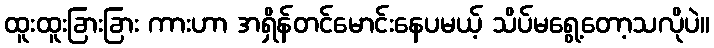
ထူးထူးခြားခြား ကားဟာ အရှိန်တင်မောင်းနေပမယ့် သိပ်မရွေ့တော့သလိုပဲ။